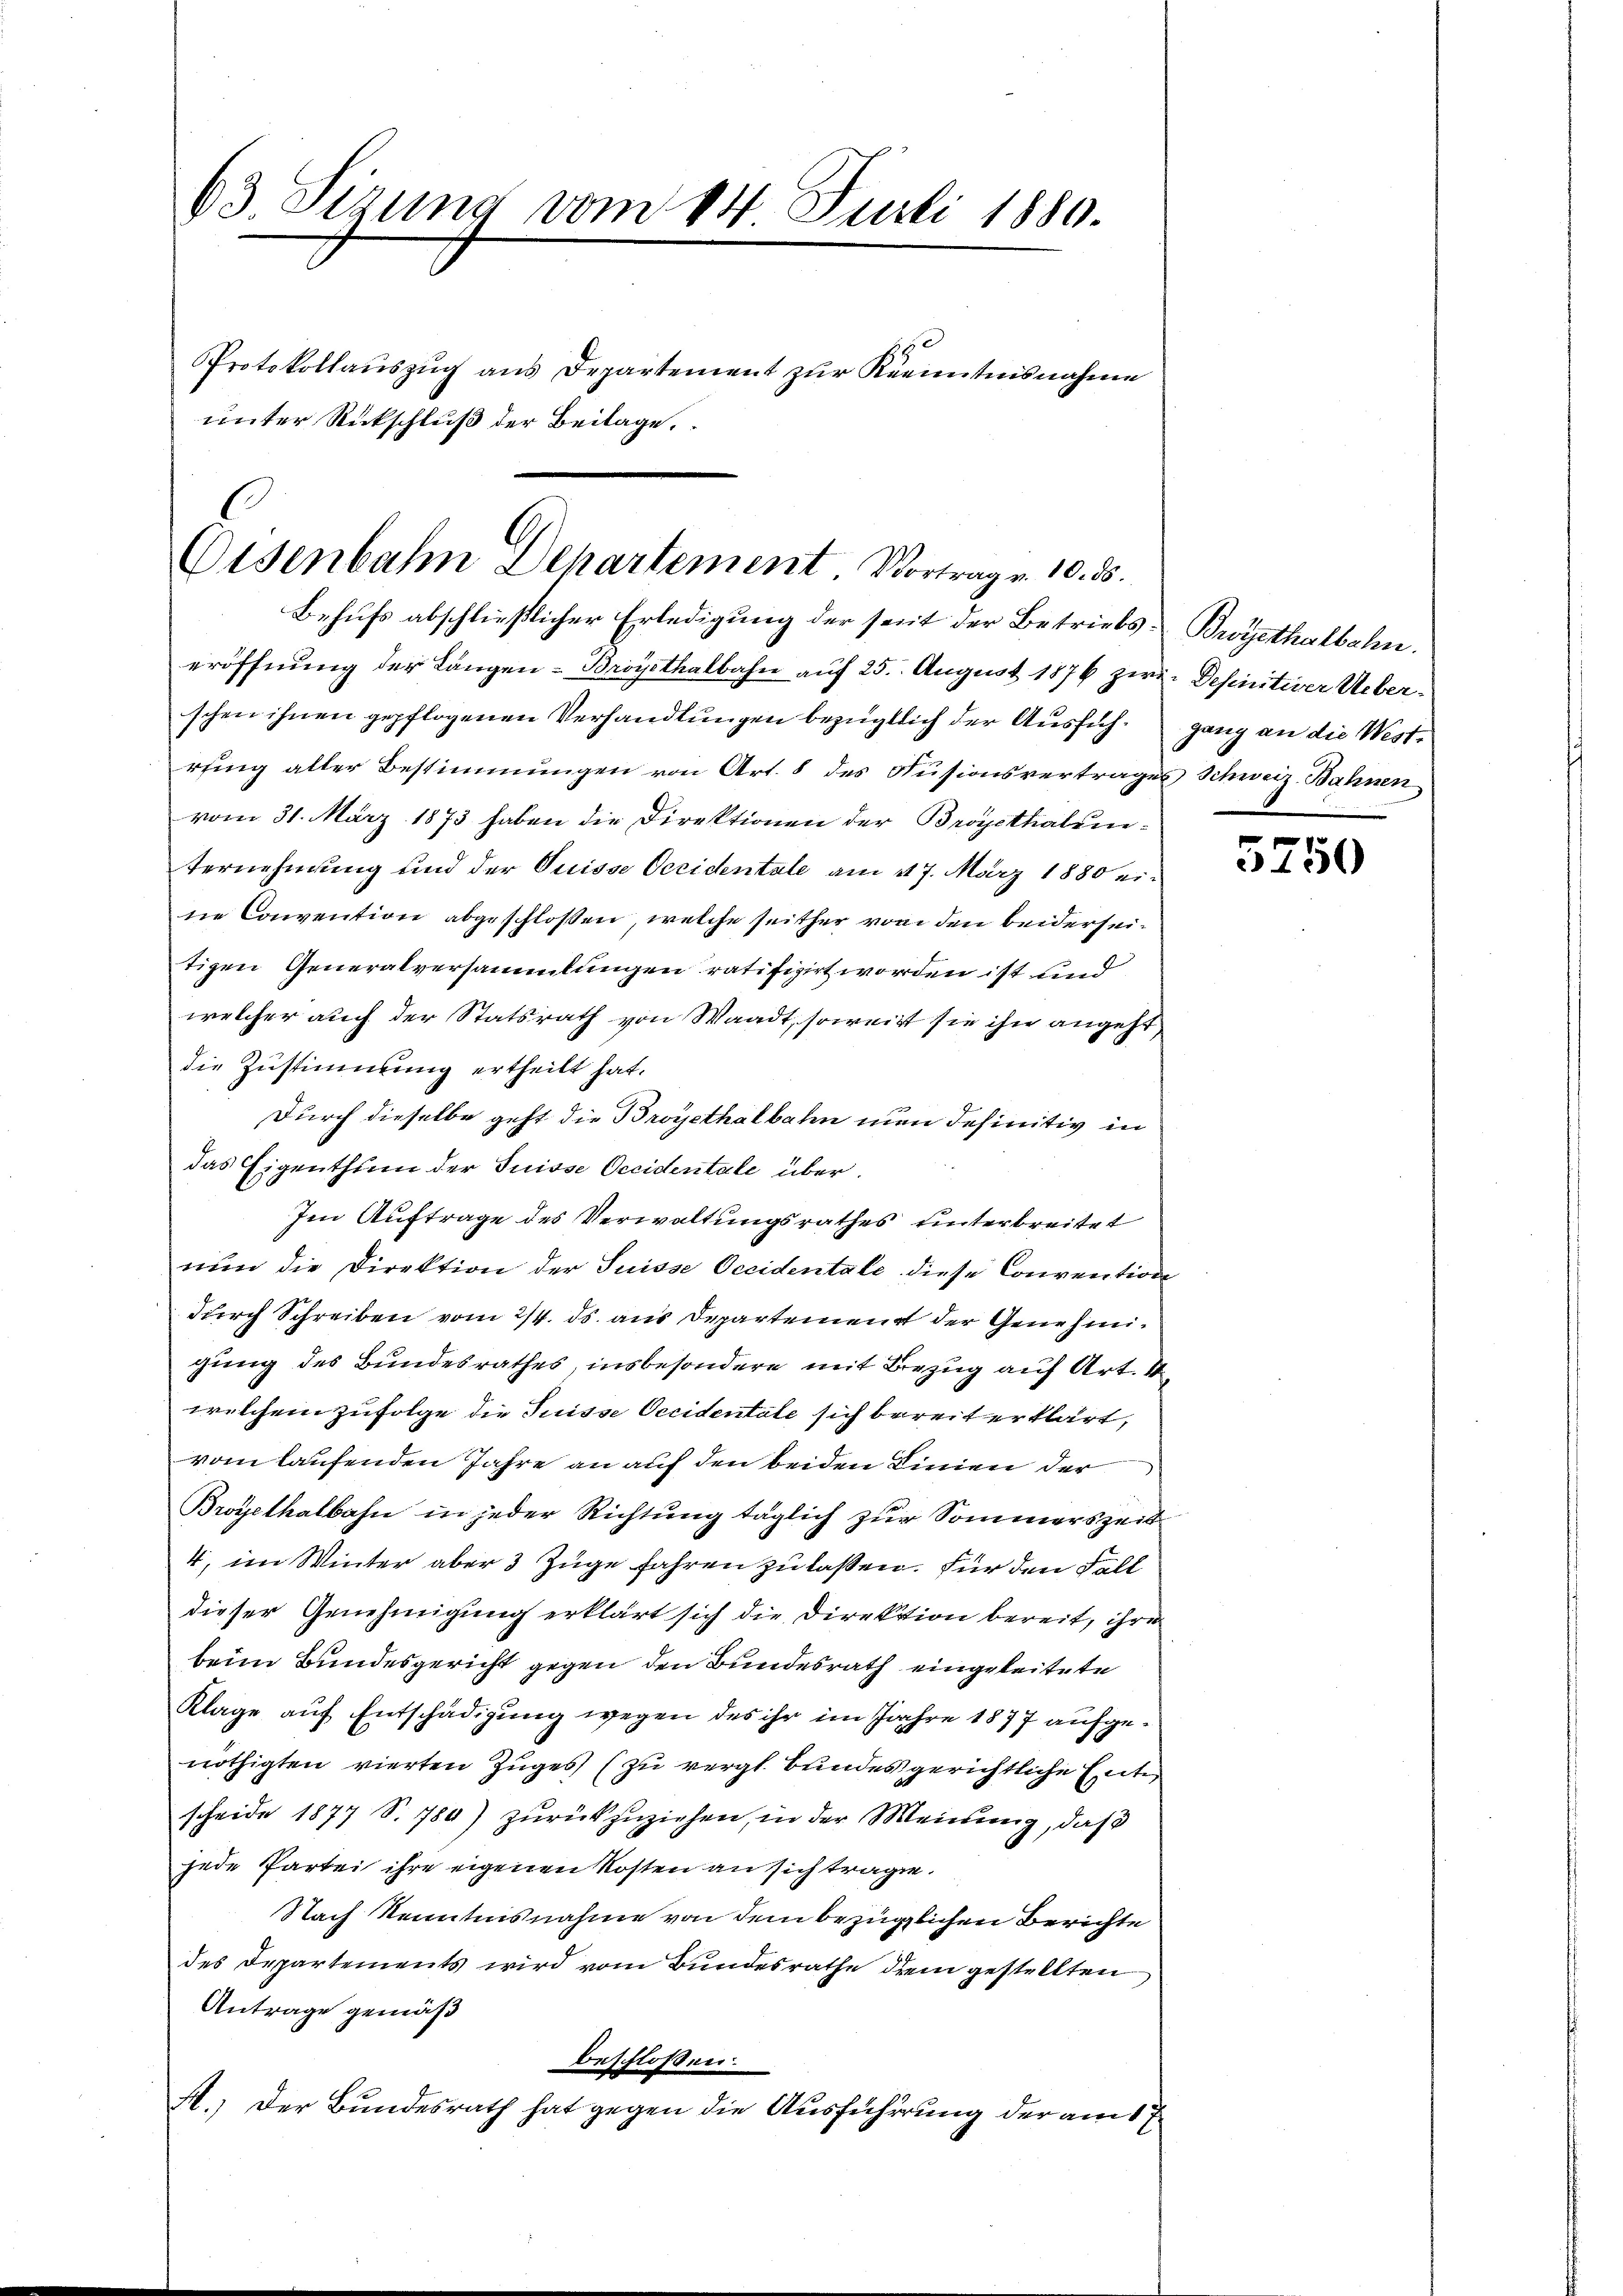
63. Sizung vom 14. Juli 1880.
Protokollauszug aus Departement zur Kenntnisnahme
unter Rückschluß der Beilage,

Eisenbahn Departement Vortrag v. 10. ds.
Behufs abschließlicher Erledigung der seit der Betriebs¬

eröffnung der Längen-Broyethalbahn auf 25. August 1876 zwei Definitiver Ueberschen ihnen gepflogenen Verhandlungen bezüglich der Ausführung aller Bestimmungen von Art. 8 des Fusionsvertrages Schweiz. Bahnen
vom 31. März 1873 haben die Direktionen der Broysthalen¬
Vernehmung und der Suisse Occidentale am 27. März 1880 erne Convention abgeschlossen, welche seither von den beiderseitigen Generalversammlungen ratifizirt worden ist und
welcher auch der Statsrath von Waadt, soweit sie ihn angeht,
die Zustimmung ertheilt hat.
Durch dieselbe geht die Broyethalbahn nun definitiv in
das Eigenthum der Suisse Occidentale über.
Im Auftrage des Verwaltungsrathes unterbreitet
nŭn die Direktion der Suisse Occidentale diese Convention
durch Schreiben vom 2/4. ds. aus Departement der Genehmigung des Bundesrathes, insbesondere mit Bezug auf Art. 1
welchem zufolge die Suisse Occidentate sich bereit erklärt,
vom laufenden Jahre an auf den beiden Linien der
Broyetkalbahn in jeder Richtung täglich zur Sommerszeit
4, im Winter aber 3 Züge fahren zu lassen. Für den Fall
dieser Genehmigung erklärt sich die Direktion bereit, ihre
beim Bundesgericht gegen den Bundesrath eingeleitete
Klage auf Entschädigung wegen des ihr im Jahre 1877 aufgenöthigten vierten Zuges (zu vergl. Bundesgerichtliche Ente
scheide 1877 S. 780) zŭrückzuziehen, in der Meinung, daß
jede Partei ihre eigenen Kosten an sich trage.
Nach Kenntnisnahme von dem bezüglichen Berichte
des Departements wird vom Bundesrathe dem gestellten
Antrage gemäß
beschloßen:
A.) Der Bundesrath hat gegen die Ausführung der am 17.

Brüjethalbahn.
gang an die West¬

5250